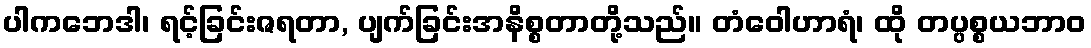
ပါကဘေဒါ၊ ရင့်ခြင်းဇရတာ, ပျက်ခြင်းအနိစ္စတာတို့သည်။ တံဝေါဟာရံ၊ ထို တပ္ပစ္စယဘာဝ